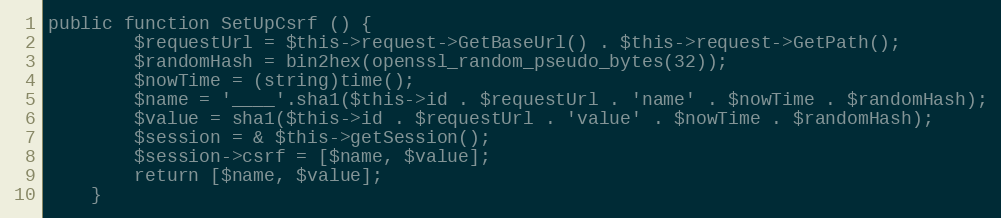
Language: PHP
public function SetUpCsrf () {
		$requestUrl = $this->request->GetBaseUrl() . $this->request->GetPath();
		$randomHash = bin2hex(openssl_random_pseudo_bytes(32));
		$nowTime = (string)time();
		$name = '____'.sha1($this->id . $requestUrl . 'name' . $nowTime . $randomHash);
		$value = sha1($this->id . $requestUrl . 'value' . $nowTime . $randomHash);
		$session = & $this->getSession();
		$session->csrf = [$name, $value];
		return [$name, $value];
	}